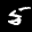
Label: 5